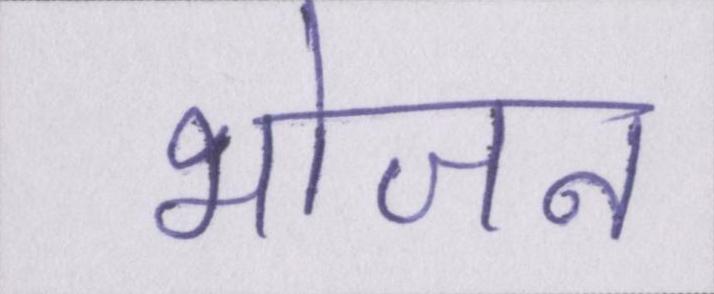
भोजन